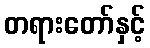
တရားတော်နှင့်